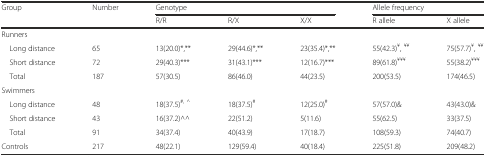
<table><thead><tr><td rowspan="2"><b>Group</b></td><td rowspan="2"><b>Number</b></td><td colspan="3"><b>Genotype</b></td><td colspan="2"><b>Allele frequency</b></td></tr><tr><td><b>R/R</b></td><td><b>R/X</b></td><td><b>X/X</b></td><td><b>R allele</b></td><td><b>X allele</b></td></tr></thead><tbody><tr><td>Runners</td><td></td><td></td><td></td><td></td><td></td><td></td></tr><tr><td> Long distance</td><td>65</td><td>13(20.0)*,**</td><td>29(44.6)*,**</td><td>23(35.4)*,**</td><td>55(42.3)<sup>¥</sup>, <sup>¥¥</sup></td><td>75(57.7)<sup>¥</sup>, <sup>¥¥</sup></td></tr><tr><td> Short distance</td><td>72</td><td>29(40.3)***</td><td>31(43.1)***</td><td>12(16.7)***</td><td>89(61.8)<sup>¥¥¥</sup></td><td>55(38.2)<sup>¥¥¥</sup></td></tr><tr><td> Total</td><td>187</td><td>57(30.5)</td><td>86(46.0)</td><td>44(23.5)</td><td>200(53.5)</td><td>174(46.5)</td></tr><tr><td>Swimmers</td><td></td><td></td><td></td><td></td><td></td><td></td></tr><tr><td> Long distance</td><td>48</td><td>18(37.5)<sup>#, ^</sup></td><td>18(37.5)<sup>#</sup></td><td>12(25.0)<sup>#</sup></td><td>57(57.0)&amp;</td><td>43(43.0)&amp;</td></tr><tr><td> Short distance</td><td>43</td><td>16(37.2)^^</td><td>22(51.2)</td><td>5(11.6)</td><td>55(62.5)</td><td>33(37.5)</td></tr><tr><td> Total</td><td>91</td><td>34(37.4)</td><td>40(43.9)</td><td>17(18.7)</td><td>108(59.3)</td><td>74(40.7)</td></tr><tr><td>Controls</td><td>217</td><td>48(22.1)</td><td>129(59.4)</td><td>40(18.4)</td><td>225(51.8)</td><td>209(48.2)</td></tr></tbody></table>